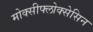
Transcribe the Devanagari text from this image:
मोक्सीफ्लोक्सेसिन